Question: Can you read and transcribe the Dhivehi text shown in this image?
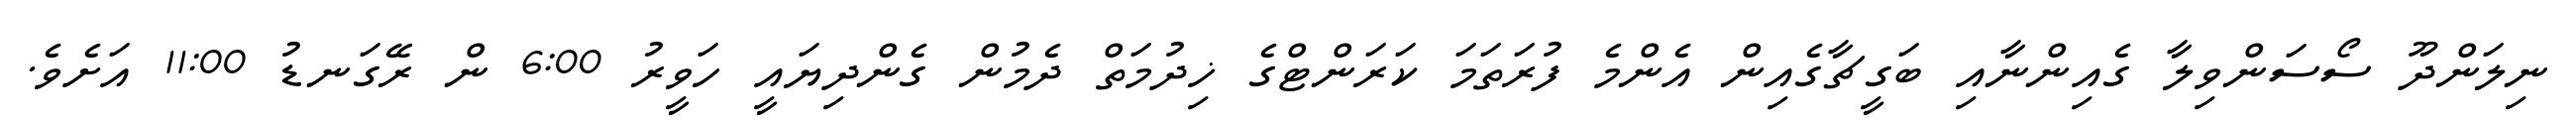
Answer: ނިލަންދޫ ސޯސަންވިލާ ގެއިންނާއި ބަގީޗާގެއިން އެންމެ ފުރަތަމަ ކަރަންޓްގެ ޚިދުމަތް ދެމުން ގެންދިޔައީ ހަވީރު 6:00 ން ރޭގަނޑު 11:00 އަށެވެ.